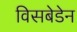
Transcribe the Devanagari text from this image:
विसबेडेन